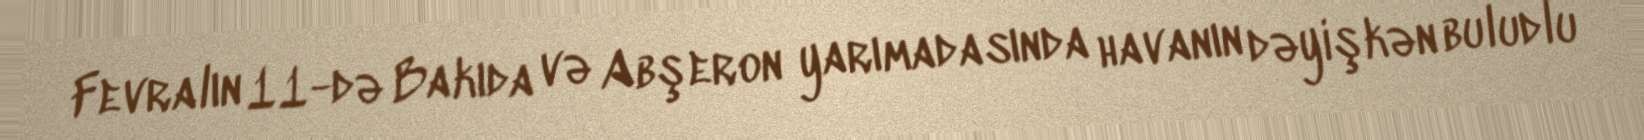
Fevralın 11-də Bakıda və Abşeron yarımadasında havanın dəyişkən buludlu